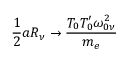
\frac { 1 } { 2 } a R _ { \nu } \rightarrow \frac { T _ { 0 } T _ { 0 } ^ { \prime } \omega _ { 0 \nu } ^ { 2 } } { m _ { e } }